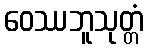
ဝေဿဘူသုတ္တံ